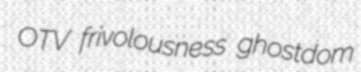
OTV frivolousness ghostdom